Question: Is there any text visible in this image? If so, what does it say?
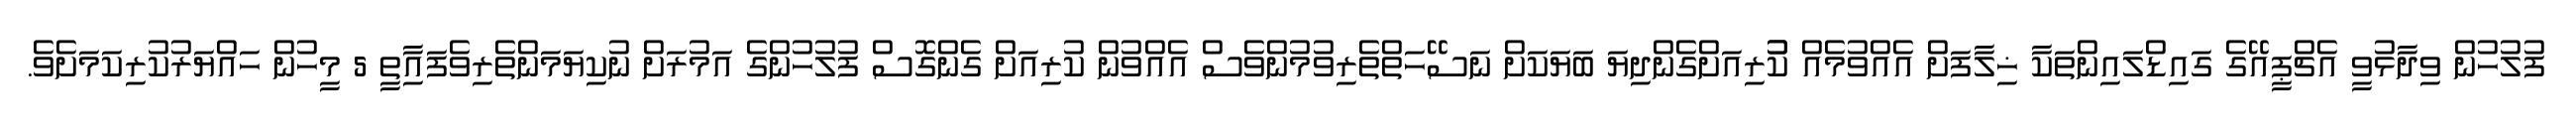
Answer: ފުލުހުން ވިދާޅުވީ އެޗްޕީއޭގެ ގައިޑްލައިންތަކާ ޚިލާފަށް އެއްވުމެއް ކުުރިއަށްގެންދިޔަ ބަޔަކަށް ނަސޭހަތްތެރިވުމުންވެސް އެއްވުން ކުރިއަށް ގެންގޮސް ފުލުހުންގެ އަމުރަށް ނުކިޔަމަންތެރިވެފައިާތީ 5 މީހުން ހައްޔަރުކުރިކަމަށެވެ.